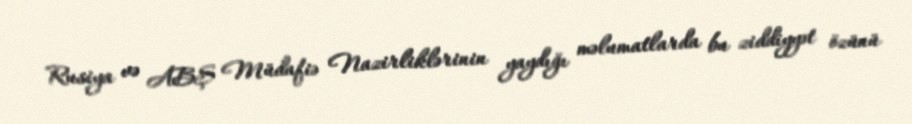
Rusiya və ABŞ Müdafiə Nazirliklərinin yaydığı məlumatlarda bu ziddiyyət özünü